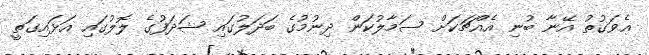
އެވަގުތު އޭނާ ބުނި އެއްޗަކަށް ސަމާލުކަން ދިނުމުގެ ބަދަލުގައި ޝަދަފުގެ ލޮލުގައި އަޅައިގަތީ